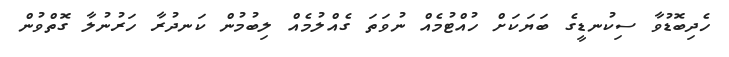
ހެދިބޮޑުވާ ސިކުނޑީގެ ބަޔަކަށް ހުއްޓުމެއް ނުވަތަ ގެއްލުމެއް ލިބުމުން ކަނދުރާ ހަރުނުލާ ގޮތްވުން